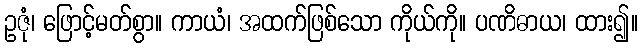
ဥဇုံ၊ ဖြောင့်မတ်စွာ။ ကာယံ၊ အထက်ဖြစ်သော ကိုယ်ကို။ ပဏိဓာယ၊ ထား၍။